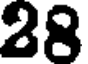
28